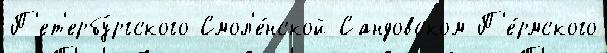
П'ет'ербу́ргского Смол'е́нской Сандовском П'е́рмского